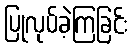
ပြုလုပ်ခဲ့ကြခြင်း